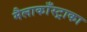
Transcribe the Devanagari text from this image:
मैलाकाँस्ट्राका